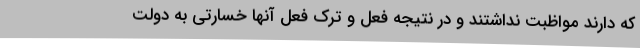
که دارند مواظبت نداشتند و در نتیجه فعل و ترک فعل آنها خسارتی به دولت